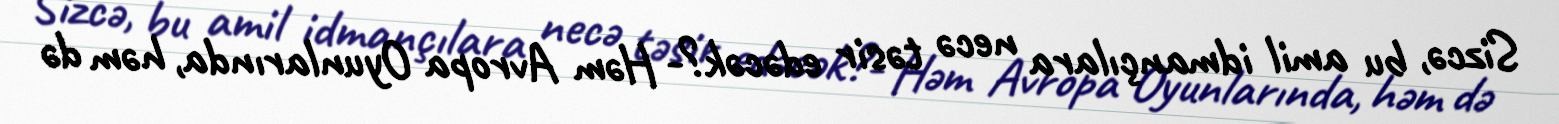
Sizcə, bu amil idmançılara necə təsir edəcək?- Həm Avropa Oyunlarında, həm də